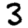
Digit: 3